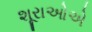
શૂરાઓએ